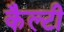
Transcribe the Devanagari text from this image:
कैल्टी